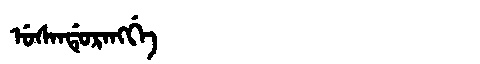
Manchu: ᡠᠰᠠᠨᡩᡠᡵᠠᠩᡤᡝ
Romanization: USANDURANGGE